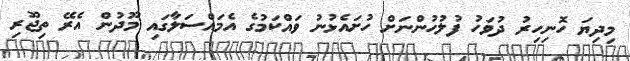
މިދިޔަ ހޮނިހިރު ދުވަހު ފުލުހުންނަށް ހުށައެޅުނު ވައްކަމުގެ އެމައްސަލާގައި މޫދުން އެރޭ ތިޖޫރި